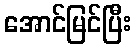
အောင်မြင်ပြီး